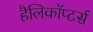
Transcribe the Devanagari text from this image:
हैलिकॉप्टर्स